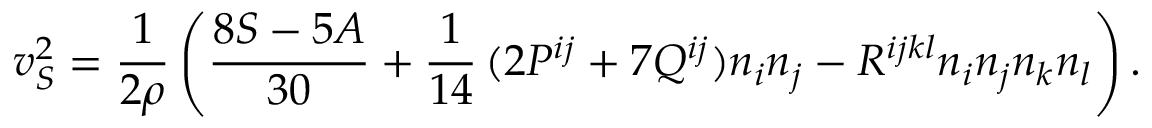
v _ { S } ^ { 2 } = \frac 1 { 2 \rho } \left( \frac { 8 S - 5 A } { 3 0 } + \frac 1 { 1 4 } \, ( 2 P ^ { i j } + 7 Q ^ { i j } ) n _ { i } n _ { j } - R ^ { i j k l } n _ { i } n _ { j } n _ { k } n _ { l } \right) .